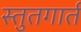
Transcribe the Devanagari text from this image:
स्तुतगार्त